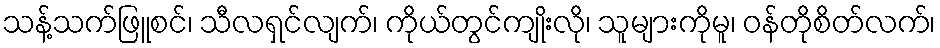
သန့်သက်ဖြူစင်၊ သီလရှင်လျက်၊ ကိုယ်တွင်ကျိုးလို၊ သူများကိုမူ၊ ဝန်တိုစိတ်လက်၊